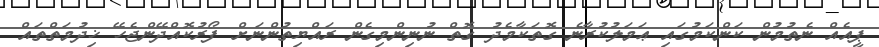
ޕީއެއް ނެތުމުން ކަންކަމުގައި ޢަމަލުކުރާނެ ގޮތަކާމެދު ގޮތް ނުނިންމިގެން ރައްޔިތުންނަށް ފޯރުކޮއްދޭންޖެހޭ ޚިދުމަތްތައް